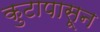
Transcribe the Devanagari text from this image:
कुटापासून